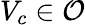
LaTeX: V_{c}\in\mathcal{O}